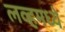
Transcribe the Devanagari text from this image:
लव्हमध्ये